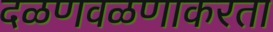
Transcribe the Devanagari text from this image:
दळणवळणाकरता